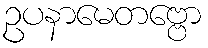
ဥပနာမေတဗ္ဗော